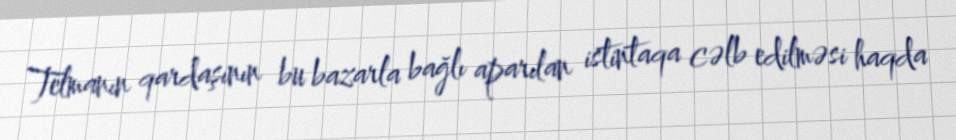
Telmanın qardaşının bu bazarla bağlı aparılan istintaqa cəlb edilməsi haqda